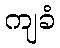
ကျခံ